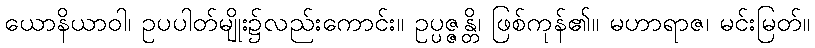
ယောနိယာဝါ၊ ဥပပါတ်မျိုး၌လည်းကောင်း။ ဥပ္ပဇ္ဇန္တိ၊ ဖြစ်ကုန်၏။ မဟာရာဇ၊ မင်းမြတ်။